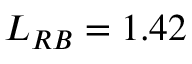
L _ { R B } = 1 . 4 2